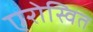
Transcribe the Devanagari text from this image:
एरोस्वित